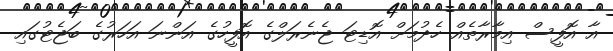
އާ އޮފީސް އިމާރާތެއް ހެދުމަށް އޮޑިޓަ ޖެނެރަލްގެ އޮފީހުގެ އަންނަ އަހަރުގެ ބަޖެޓުގައި